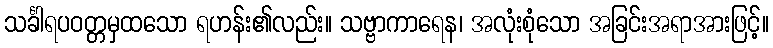
သင်္ခါရပဝတ္တမှထသော ရဟန်း၏လည်း။ သဗ္ဗာကာရေန၊ အလုံးစုံသော အခြင်းအရာအားဖြင့်။